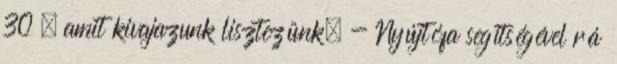
30 , amit kivajazunk lisztezünk. - Nyújtófa segítségével rá